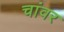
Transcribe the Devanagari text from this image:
चांवर